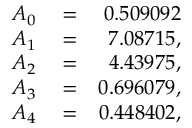
\begin{array} { r l r } { A _ { 0 } } & { { } = } & { 0 . 5 0 9 0 9 2 } \\ { A _ { 1 } } & { { } = } & { 7 . 0 8 7 1 5 , } \\ { A _ { 2 } } & { { } = } & { 4 . 4 3 9 7 5 , } \\ { A _ { 3 } } & { { } = } & { 0 . 6 9 6 0 7 9 , } \\ { A _ { 4 } } & { { } = } & { 0 . 4 4 8 4 0 2 , } \end{array}